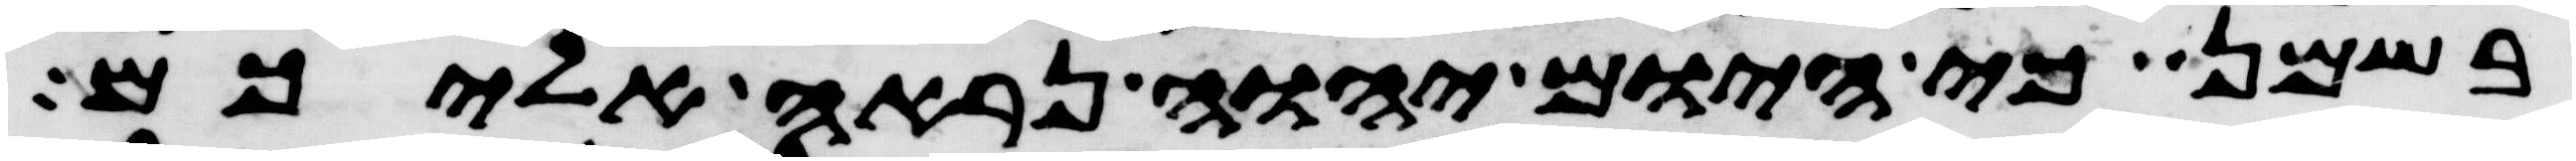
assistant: בשמן כי היום יהוה נראה אליכם